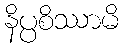
နိပ္ပစိဿာမိ